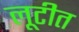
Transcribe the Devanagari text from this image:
लूटीत